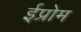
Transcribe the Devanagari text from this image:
ईप्रोम